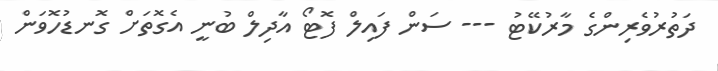
ދަތުރުވެރިންގެ މާރުކޭޓު --- ސަން ފައިލް ފޮޓޯ އާދިލް ބުނީ އެގޮތަށް ގޮނޑުހޮވަން